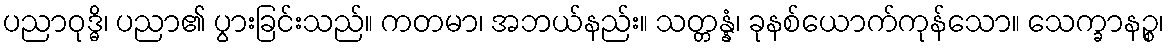
ပညာဝုဒ္ဓိ၊ ပညာ၏ ပွားခြင်းသည်။ ကတမာ၊ အဘယ်နည်း။ သတ္တန္နံ၊ ခုနစ်ယောက်ကုန်သော။ သေက္ခာနဉ္စ၊